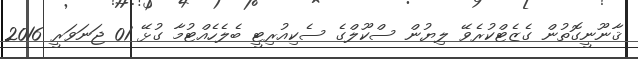
ޤާނޫނީގޮތުން ގެޒެޓްކުރެވޭ ލިޔުން ސްކޫލްގެ ސެކިއުރިޓީ ބެލެހެއްޓުމާ ގުޅޭ 01 ޖަނަވަރީ 2016